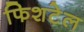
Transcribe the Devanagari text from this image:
फिशटेल